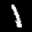
Label: 1